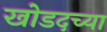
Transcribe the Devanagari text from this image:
खोडदच्या